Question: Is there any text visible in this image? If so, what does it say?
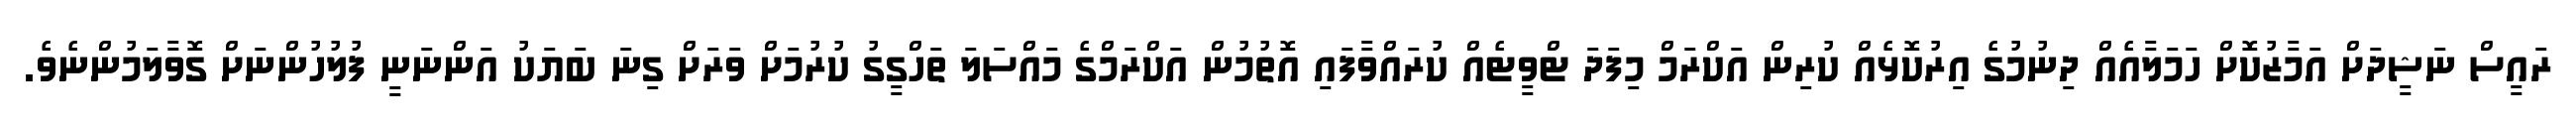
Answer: ރައީސް ނަޝީދަށް އަމާޒުކޮށް ހަމަލާއެއް ދިނުމުގެ އިރުކޮޅެއް ކުރިން އަކްރަމް މިފަދަ ޓްވީޓެއް ކުރައްވާފައި އޮތުމުން އަކްރަމްގެ މައްސަލަ ތަހްގީގު ކުރުމަށް ވަރަށް ގިނަ ބަޔަކު އަންނަނީ ފުލުހުންނަށް ގޮވާލަމުންނެވެ.